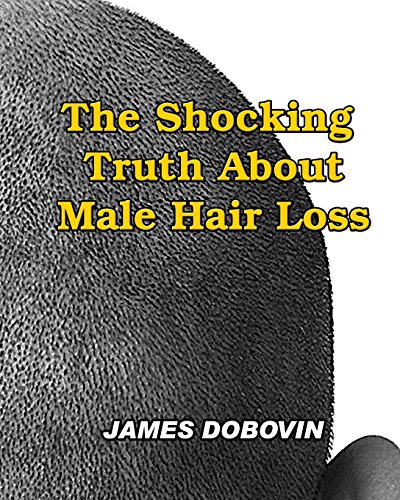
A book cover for The Shocking Truth About Male Hair Loss: Secrets You Need to Know About Losing Hair So You Can Stop From Going Bald; James Dobovin; Health, Fitness & Dieting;